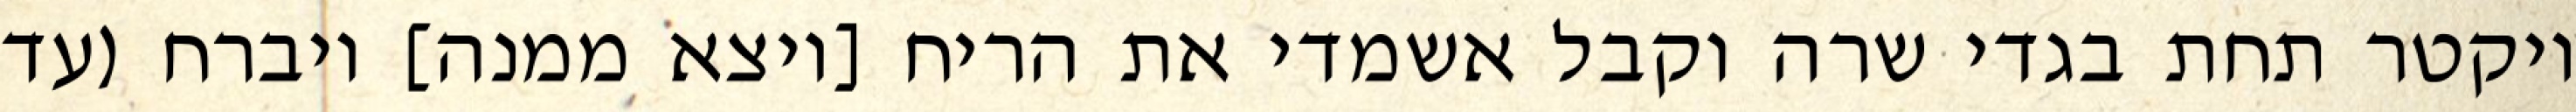
ויקטר תחת בגדי שרה וקבל אשמדי את הריח [ויצא ממנה] ויברח (עד